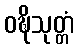
ဝဍ္ဎိသုတ္တံ